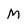
Character: M